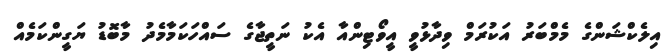
އިލެކްޝަންގެ މެމްބަރު އަކުރަމް ވިދާޅުވީ އީވޯޓިންއާ އެކު ނަތީޖާގެ ސައްހަކަމާމެދު މާބޮޑު ޔަގީންކަމެއް